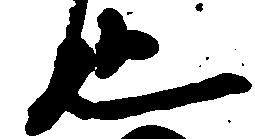
也